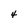
Character: 4